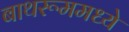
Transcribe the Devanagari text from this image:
बाथरूममध्ये